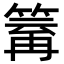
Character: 𥯿